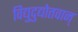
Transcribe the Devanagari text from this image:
विद्युदुद्योतवान्